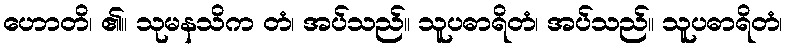
ဟောတိ၊ ၏။ သုမနသိက တံ၊ အပ်သည်။ သူပဓာရိတံ၊ အပ်သည်။ သူပဓာရိတံ၊